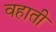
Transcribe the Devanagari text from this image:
वहाती